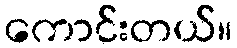
ကောင်းတယ်။